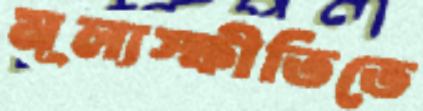
মূল্যস্ফীতিতে